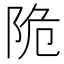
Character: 陒